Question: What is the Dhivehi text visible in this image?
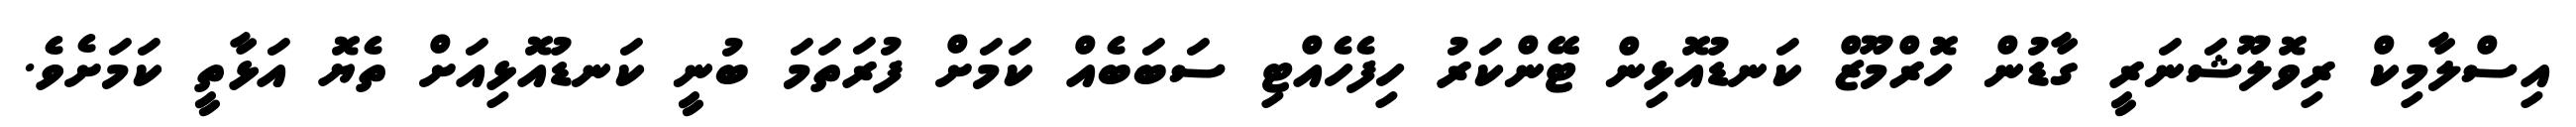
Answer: އިސްލާމިކް ރިވޮލޫޝަނަރީ ގާޑުން ހޮރްމޫޒް ކަނޑުއޮޅިން ޓޭންކަރު ހިފެހެއްޓި ސަބަބެއް ކަމަށް ފުރަތަމަ ބުނީ ކަނޑުއޮޅިއަށް ތެޔޮ އަޅާތީ ކަމަށެވެ.